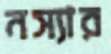
নস্যার